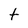
Character: t